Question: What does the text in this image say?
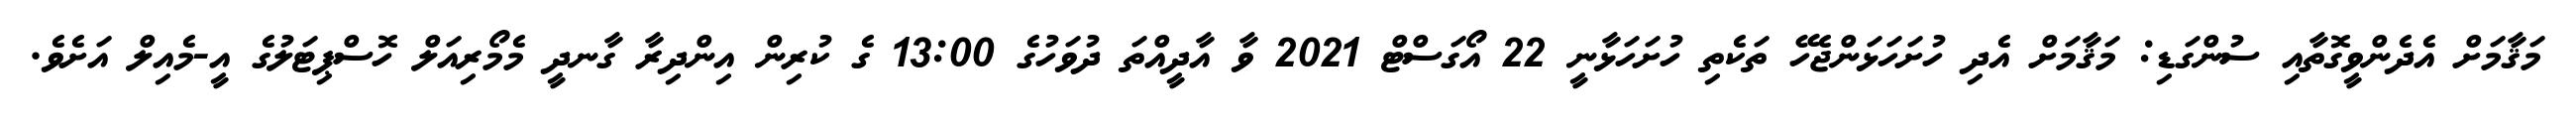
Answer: މަޤާމަށް އެދެންވީގޮތާއި ސުންގަޑި: މަޤާމަށް އެދި ހުށަހަޅަންޖެހޭ ތަކެތި ހުށަހަޅާނީ 22 އޯގަސްޓް 2021 ވާ އާދީއްތަ ދުވަހުގެ 13:00 ގެ ކުރިން އިންދިރާ ގާނދީ މެމޯރިއަލް ހޮސްޕިޓަލުގެ އީ-މެއިލް އަށެވެ.